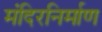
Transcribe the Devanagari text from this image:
मंदिरनिर्माण